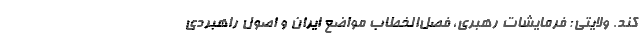
کند. ولایتی: فرمایشات رهبری، فصل‌الخطاب مواضع ایران و اصول راهبردی